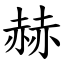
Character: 赫